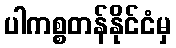
ပါကစ္စတန်နိုင်ငံမှ